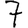
Digit: 7